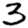
Digit: 3